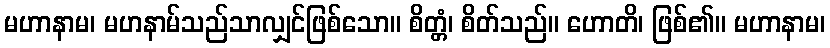
မဟာနာမ၊ မဟနာမ်သည်သာလျှင်ဖြစ်သော။ စိတ္တံ၊ စိတ်သည်။ ဟောတိ၊ ဖြစ်၏။ မဟာနာမ၊